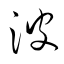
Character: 波